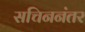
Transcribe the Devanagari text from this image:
सचिननंतर